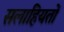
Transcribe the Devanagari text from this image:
सलाहियतों